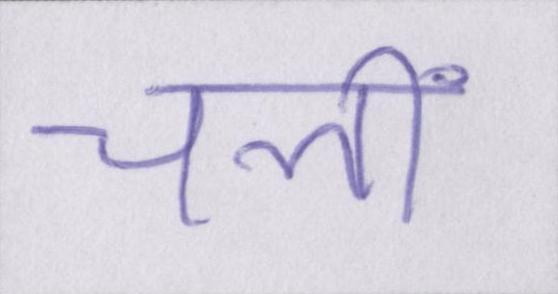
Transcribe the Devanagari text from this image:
चलीं